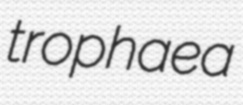
trophaea